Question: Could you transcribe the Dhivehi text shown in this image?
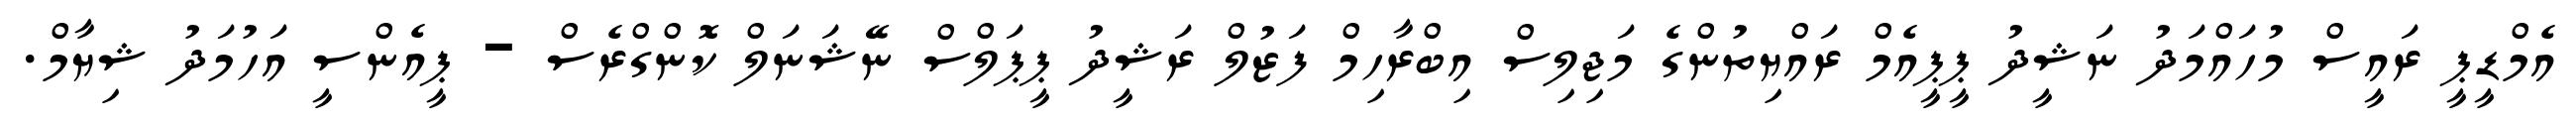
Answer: އެމްޑީޕީ ރައީސް މުހައްމަދު ނަޝީދު ޕީޕީއެމް ރައްޔިތުންގެ މަޖިލިސް އިބްރާހިމް ފަޒުލް ރަޝީދު ޕީޕަލްސް ނޭޝަނަލް ކޮންގްރެސް - ޕީއެންސީ އަހުމަދު ޝިޔާމް.